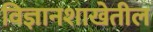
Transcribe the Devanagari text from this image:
विज्ञानशाखेतील